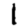
Digit: 1